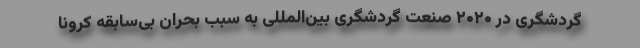
گردشگری در ۲۰۲۰ صنعت گردشگری بین‌المللی به سبب بحران بی‌سابقه کرونا